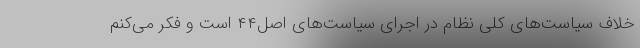
خلاف سیاست‌های کلی نظام در اجرای سیاست‌های اصل۴۴ است و فکر می‌کنم